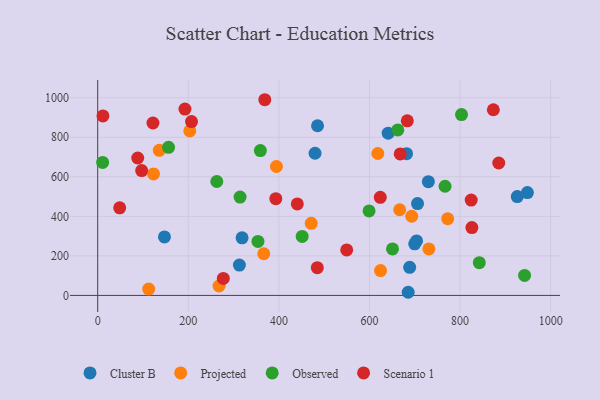
{"axis": {"x": "Ad Spend", "y": "Sales"}, "legend": ["Cluster B", "Observed", "Projected", "Scenario 1"], "data": [{"x": "641.2", "y": 820.9, "type": "Cluster B"}, {"x": "948.5", "y": 520.2, "type": "Cluster B"}, {"x": "479.8", "y": 719.1, "type": "Cluster B"}, {"x": "706.0", "y": 464.6, "type": "Cluster B"}, {"x": "312.8", "y": 153.5, "type": "Cluster B"}, {"x": "703.9", "y": 275.7, "type": "Cluster B"}, {"x": "685.4", "y": 15.9, "type": "Cluster B"}, {"x": "729.9", "y": 575.4, "type": "Cluster B"}, {"x": "681.8", "y": 717.1, "type": "Cluster B"}, {"x": "688.7", "y": 141.9, "type": "Cluster B"}, {"x": "926.2", "y": 500.0, "type": "Cluster B"}, {"x": "699.8", "y": 260.8, "type": "Cluster B"}, {"x": "147.4", "y": 296.1, "type": "Cluster B"}, {"x": "318.7", "y": 291.3, "type": "Cluster B"}, {"x": "485.3", "y": 858.3, "type": "Cluster B"}, {"x": "772.6", "y": 387.8, "type": "Projected"}, {"x": "366.6", "y": 210.8, "type": "Projected"}, {"x": "112.6", "y": 32.3, "type": "Projected"}, {"x": "693.2", "y": 400.5, "type": "Projected"}, {"x": "394.6", "y": 652.2, "type": "Projected"}, {"x": "123.3", "y": 614.4, "type": "Projected"}, {"x": "624.4", "y": 125.6, "type": "Projected"}, {"x": "136.0", "y": 733.9, "type": "Projected"}, {"x": "731.1", "y": 235.2, "type": "Projected"}, {"x": "267.9", "y": 47.6, "type": "Projected"}, {"x": "203.3", "y": 832.1, "type": "Projected"}, {"x": "471.4", "y": 364.7, "type": "Projected"}, {"x": "618.4", "y": 717.9, "type": "Projected"}, {"x": "666.7", "y": 433.3, "type": "Projected"}, {"x": "942.3", "y": 101.1, "type": "Observed"}, {"x": "766.8", "y": 552.3, "type": "Observed"}, {"x": "662.5", "y": 837.4, "type": "Observed"}, {"x": "451.4", "y": 298.5, "type": "Observed"}, {"x": "10.9", "y": 673.0, "type": "Observed"}, {"x": "156.4", "y": 749.3, "type": "Observed"}, {"x": "262.9", "y": 576.2, "type": "Observed"}, {"x": "353.8", "y": 273.1, "type": "Observed"}, {"x": "842.4", "y": 165.7, "type": "Observed"}, {"x": "359.1", "y": 732.6, "type": "Observed"}, {"x": "599.0", "y": 427.5, "type": "Observed"}, {"x": "314.3", "y": 497.6, "type": "Observed"}, {"x": "650.8", "y": 235.4, "type": "Observed"}, {"x": "803.1", "y": 915.1, "type": "Observed"}, {"x": "623.8", "y": 496.0, "type": "Scenario 1"}, {"x": "393.2", "y": 489.4, "type": "Scenario 1"}, {"x": "192.6", "y": 942.6, "type": "Scenario 1"}, {"x": "667.8", "y": 715.8, "type": "Scenario 1"}, {"x": "885.3", "y": 669.8, "type": "Scenario 1"}, {"x": "549.7", "y": 230.3, "type": "Scenario 1"}, {"x": "826.0", "y": 343.4, "type": "Scenario 1"}, {"x": "122.0", "y": 872.2, "type": "Scenario 1"}, {"x": "368.9", "y": 990.0, "type": "Scenario 1"}, {"x": "88.4", "y": 695.3, "type": "Scenario 1"}, {"x": "440.6", "y": 463.1, "type": "Scenario 1"}, {"x": "11.6", "y": 908.1, "type": "Scenario 1"}, {"x": "48.6", "y": 442.9, "type": "Scenario 1"}, {"x": "824.5", "y": 482.4, "type": "Scenario 1"}, {"x": "277.3", "y": 86.2, "type": "Scenario 1"}, {"x": "683.4", "y": 883.5, "type": "Scenario 1"}, {"x": "97.1", "y": 631.5, "type": "Scenario 1"}, {"x": "484.8", "y": 140.6, "type": "Scenario 1"}, {"x": "207.1", "y": 879.3, "type": "Scenario 1"}, {"x": "873.4", "y": 939.4, "type": "Scenario 1"}]}